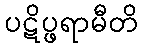
ပဋိပ္ဖရာမီတိ